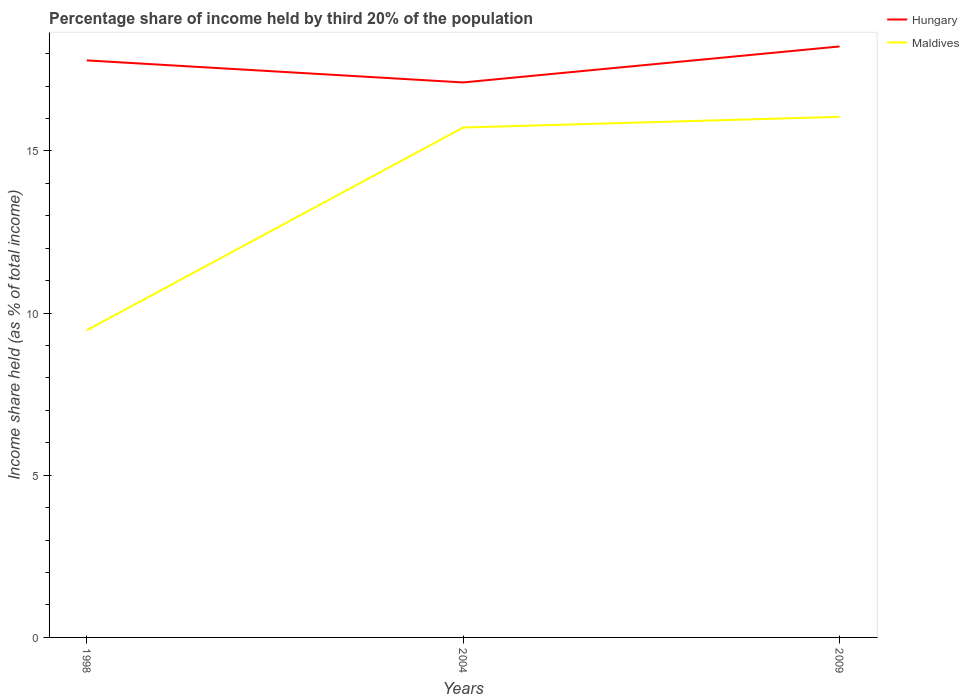
| Years | Hungary | Maldives |
 | --- | --- | --- |
 | 1998 | 17.8 | 9.47 |
 | 2004 | 17.1 | 15.7 |
 | 2009 | 18.2 | 16.1 |